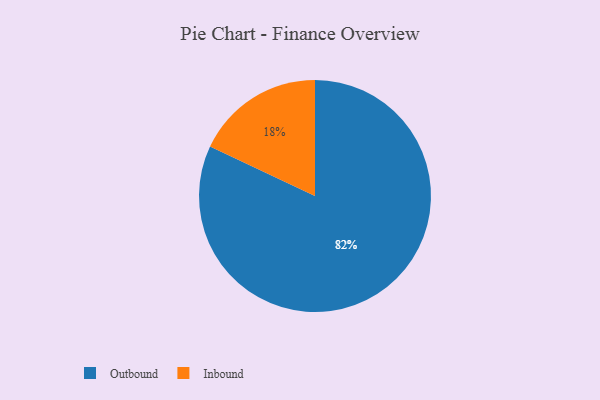
{"axis": {"x": "Category", "y": "Percentage"}, "legend": ["Inbound", "Outbound"], "data": [{"x": "Outbound", "y": 82, "type": "Outbound"}, {"x": "Inbound", "y": 18, "type": "Inbound"}]}